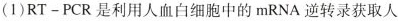
(1)$$RT-PCR$$是利用人血白细胞中的mRNA逆转录获取人